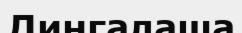
Лингалаша